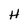
Character: H